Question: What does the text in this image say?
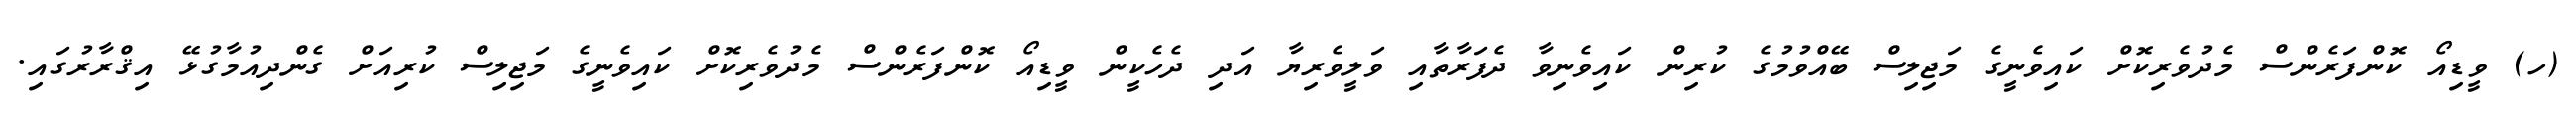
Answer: (ހ) ވީޑިއޯ ކޮންފަރެންސް މެދުވެރިކޮށް ކައިވެނީގެ މަޖިލިސް ބޭއްވުމުގެ ކުރިން ކައިވެނިވާ ދެފަރާތާއި ވަލީވެރިޔާ އަދި ދެހެކީން ވީޑިއޯ ކޮންފަރެންސް މެދުވެރިކޮށް ކައިވެނީގެ މަޖިލިސް ކުރިއަށް ގެންދިއުމާގުޅޭ އިޤްރާރުގައި.